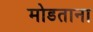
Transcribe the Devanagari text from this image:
मोडताना